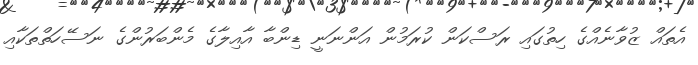
އެތައް ޒުވާނެއްގެ ހިތުގައި ރަސްކަން ކުރަމުން އަންނަނީ ޑިންބާ އާއިލާގެ މެންބަރުންގެ ނަސޭހަތްތަކާއި